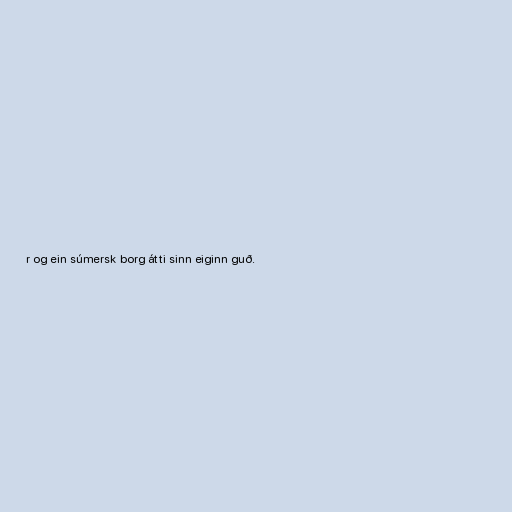
r og ein súmersk borg átti sinn eiginn guð.